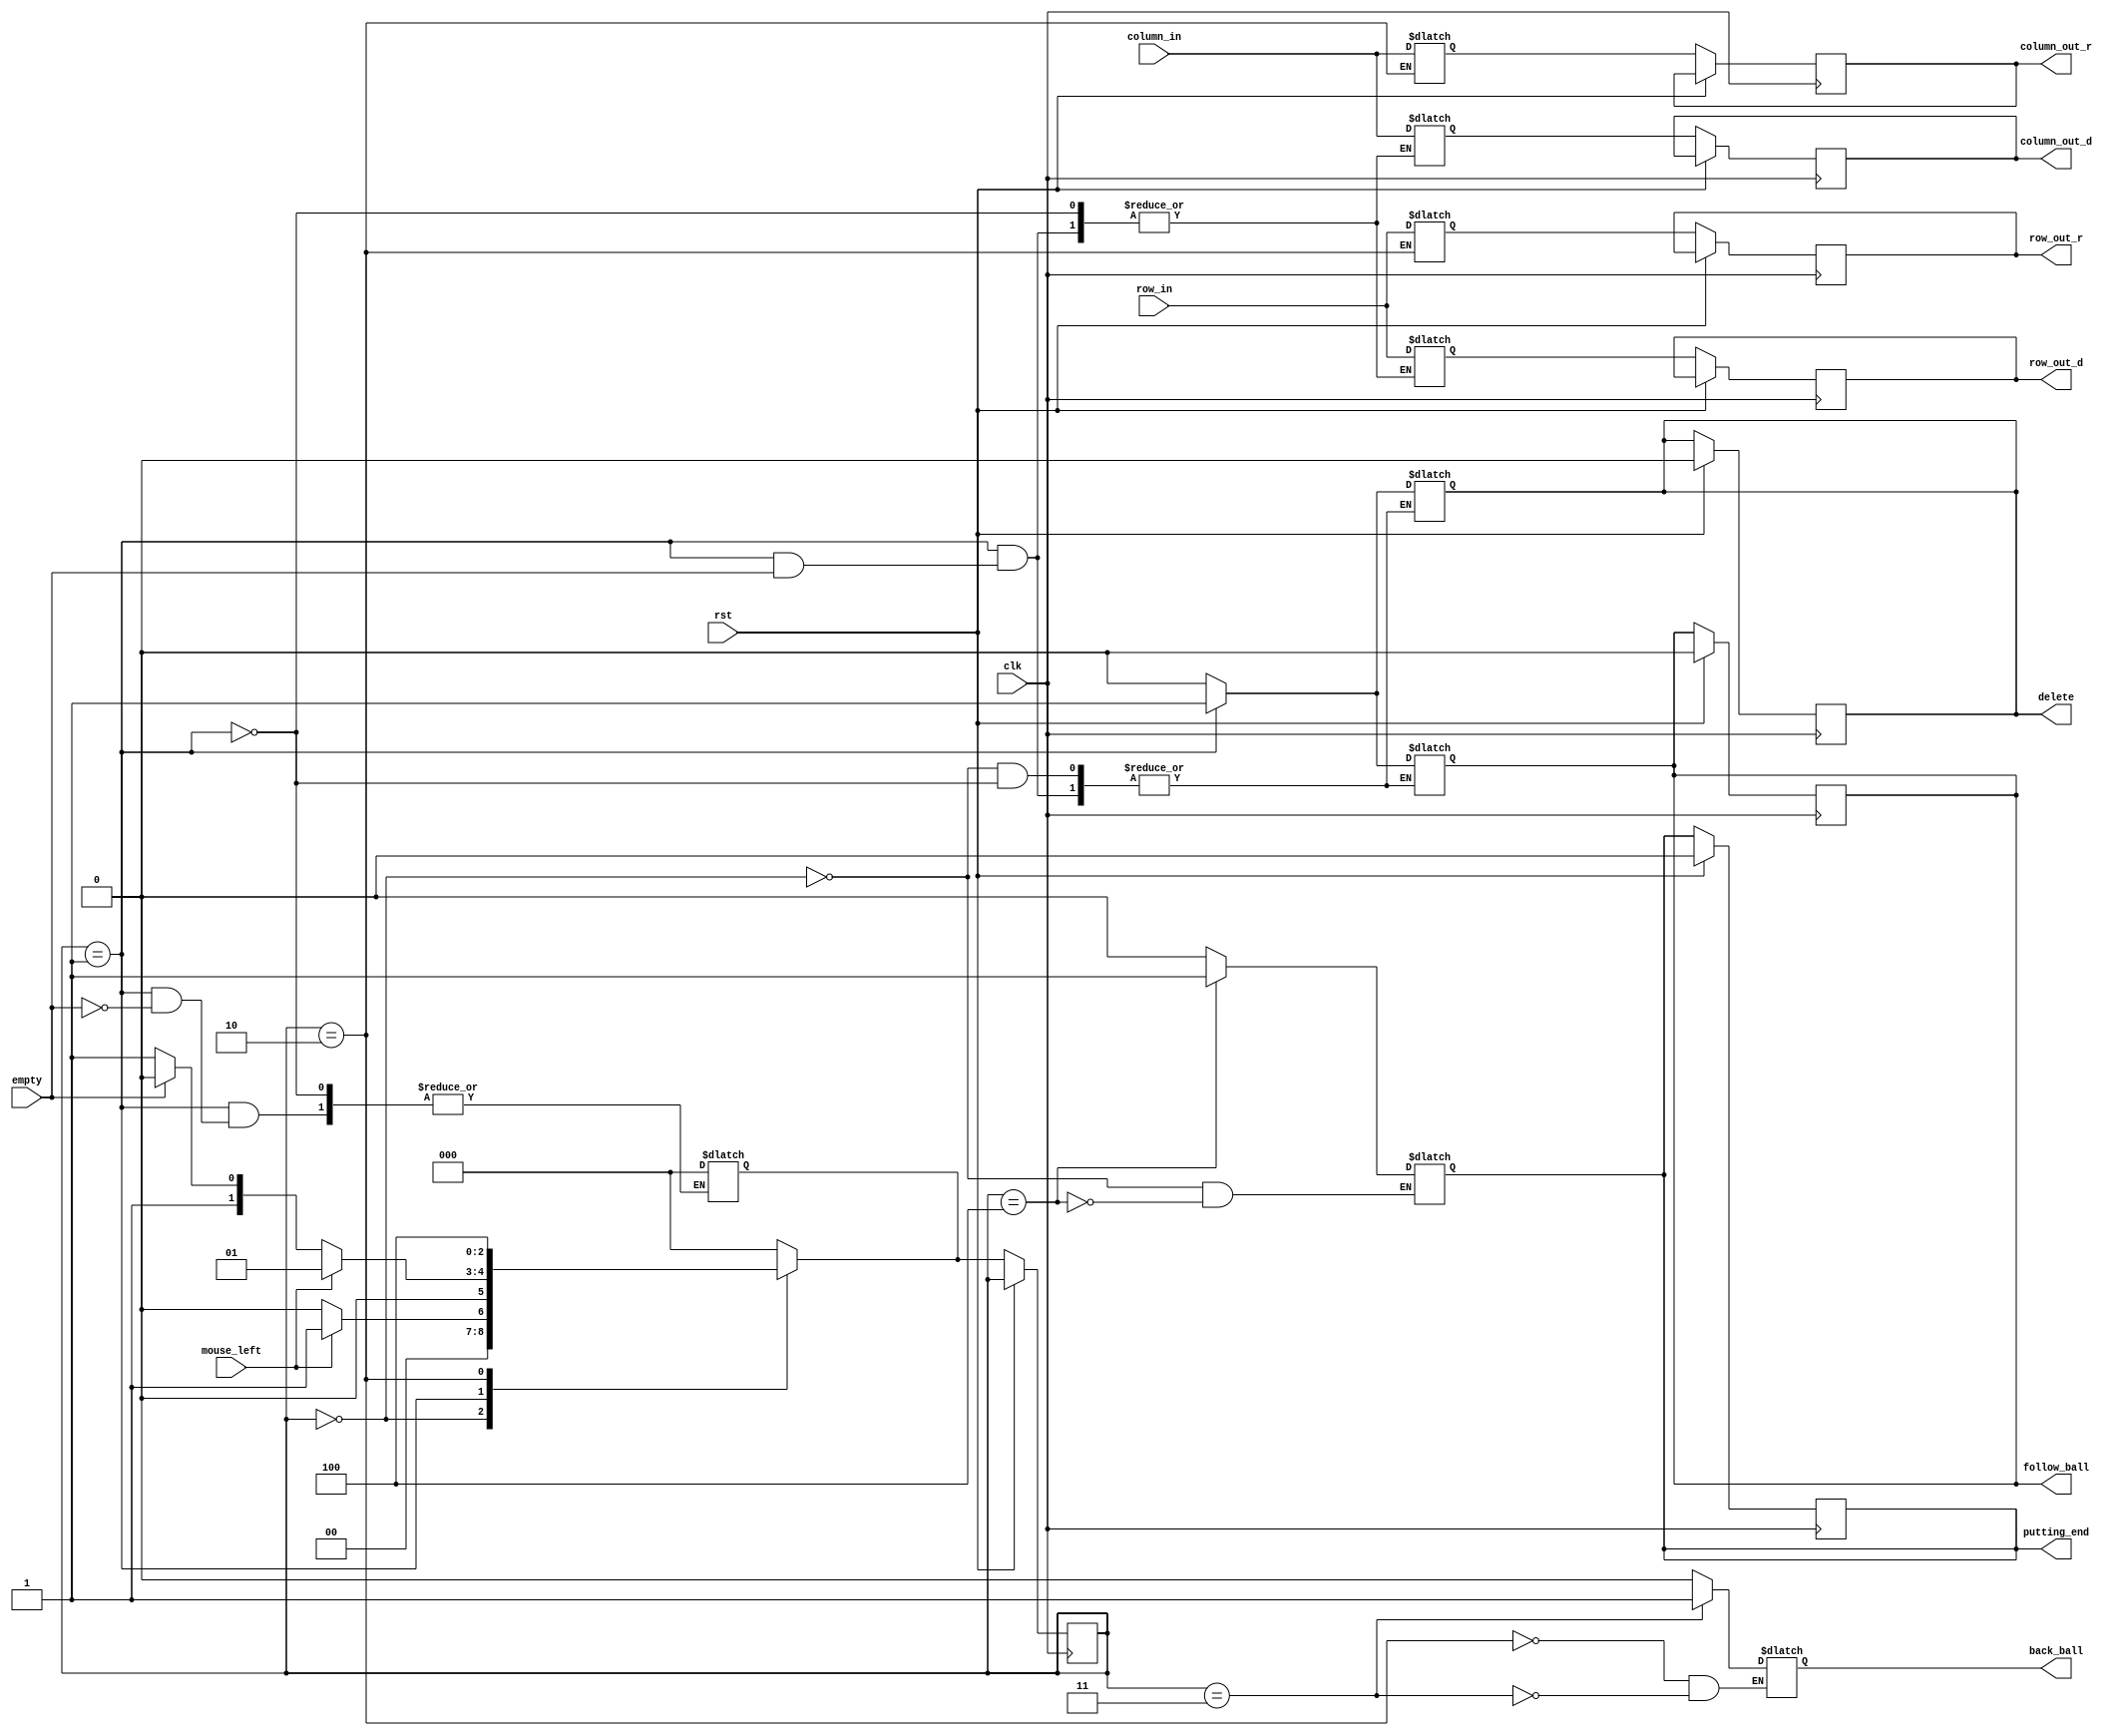
`timescale 1ns / 1ps
//////////////////////////////////////////////////////////////////////////////////
// Company: 
// Engineer: 
// 
// Design Name: 
// Module Name: putting
// Project Name: 
// Target Devices: 
// Tool Versions: 
// Description: 
// 
// Dependencies: 
// 
// Revision:
// Revision 0.01 - File Created
// Additional Comments:
// 
//////////////////////////////////////////////////////////////////////////////////


module putting(
	input wire clk, rst,
	input wire mouse_left,
	input wire empty,
	input wire [3:0] column_in, row_in,
	
	output reg [3:0] column_out_r, row_out_r,
	output reg [3:0] column_out_d, row_out_d,
	output reg follow_ball,
	output reg back_ball,
	output reg putting_end,
	output reg delete
);

localparam 	IDLE 	= 3'b000, 
			SELECT 	= 3'b001,
			PUTT 	= 3'b010,
			BACK 	= 3'b011,
			END 	= 3'b100;
			
localparam	BALL_SIZE = 50;
	
	reg [2:0] state_nxt, state;
	reg [3:0] col_temp, row_temp, col_d, row_d, col_r, row_r;
	
always @(posedge clk)
begin
	if(rst) begin
        delete <= 0;
        follow_ball <= 0;
        putting_end <= 0;
	end
	else begin
		state <= state_nxt;
		column_out_d <= col_d;
		row_out_d <= row_d;
		column_out_r <= col_r;
        row_out_r <= row_r;
		
	end
end



always @* begin
	case(state)
		IDLE:   state_nxt = mouse_left ? SELECT : IDLE;	
		SELECT:	begin
                if(!mouse_left)
                    state_nxt = empty ? PUTT : BACK;
                else state_nxt = SELECT;
                end
        PUTT:	state_nxt = END;
        BACK: 	state_nxt = IDLE;
        END:	state_nxt = IDLE;
        default:	state_nxt = IDLE;
		endcase
	end
	
	
	always @* begin	
		case(state)
			IDLE: begin
			    follow_ball = 1'b0;
			    delete = 1'b0;
			    putting_end = 1'b0;
//			    col_temp = column_in;
//                row_temp = row_in;
			    end
			SELECT:	begin
				if(!empty) begin
					follow_ball = 1'b1;
					delete = 1'b1;
					col_d = column_in;
                    row_d = row_in;
					end
				else state_nxt = IDLE;
				end		
			PUTT: begin
				 back_ball = 1'b0;
				 col_r = column_in;
				 row_r = row_in;
			     end
			BACK: begin
				 back_ball = 1'b1;
				 //state_nxt = IDLE;
			     end
			END: begin
			     putting_end = 1'b1;		
			     end
		endcase
	end	
endmodule